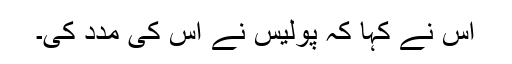
اس نے کہا کہ پولیس نے اس کی مدد کی۔